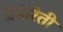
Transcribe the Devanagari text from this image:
प्रेफेरेती